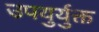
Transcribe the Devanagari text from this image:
उपयुर्युक्त